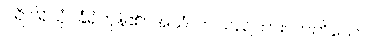
ပရိဝါရိသုံ၊ ခြံရံကုန်၏။ အယံ၊ ဤသည်ကား။ တတိယော၊